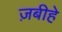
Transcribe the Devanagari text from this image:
ज़बीहे